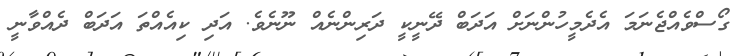
ގޯސްވެއްޖެނަމަ އެދެމީހުންނަށް އަދަބް ދޭނީކީ ދަރިންނެއް ނޫނެވެ. އަދި ކިއެއްތަ އަދަބް ދެއްވާނީ